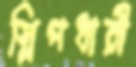
স্লিপধারী